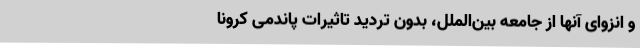
و انزوای آنها از جامعه بین‌الملل، بدون تردید تاثیرات پاندمی کرونا